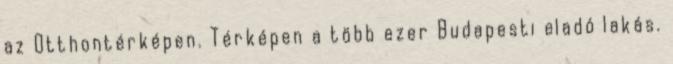
az Otthontérképen. Térképen a több ezer Budapesti eladó lakás.